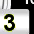
Digit: 3